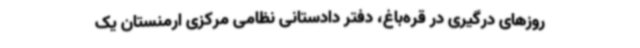
روزهای درگیری در قره‌باغ، ‌دفتر دادستانی نظامی مرکزی ارمنستان یک